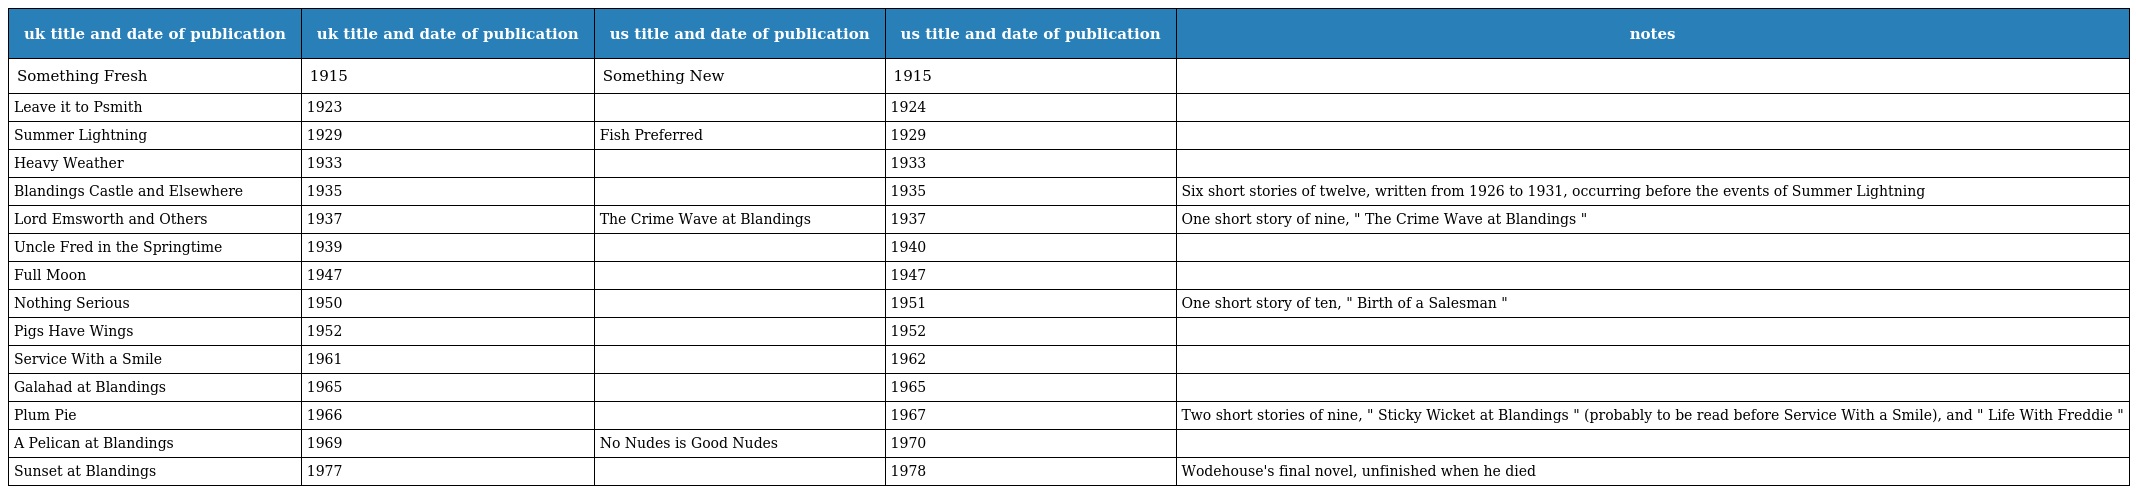
| uk title and date of publication | uk title and date of publication | us title and date of publication | us title and date of publication | notes |
 | --- | --- | --- | --- | --- |
 | Something Fresh | 1915 | Something New | 1915 |  |
 | Leave it to Psmith | 1923 |  | 1924 |  |
 | Summer Lightning | 1929 | Fish Preferred | 1929 |  |
 | Heavy Weather | 1933 |  | 1933 |  |
 | Blandings Castle and Elsewhere | 1935 |  | 1935 | Six short stories of twelve, written from 1926 to 1931, occurring before the events of Summer Lightning |
 | Lord Emsworth and Others | 1937 | The Crime Wave at Blandings | 1937 | One short story of nine, " The Crime Wave at Blandings " |
 | Uncle Fred in the Springtime | 1939 |  | 1940 |  |
 | Full Moon | 1947 |  | 1947 |  |
 | Nothing Serious | 1950 |  | 1951 | One short story of ten, " Birth of a Salesman " |
 | Pigs Have Wings | 1952 |  | 1952 |  |
 | Service With a Smile | 1961 |  | 1962 |  |
 | Galahad at Blandings | 1965 |  | 1965 |  |
 | Plum Pie | 1966 |  | 1967 | Two short stories of nine, " Sticky Wicket at Blandings " (probably to be read before Service With a Smile), and " Life With Freddie " |
 | A Pelican at Blandings | 1969 | No Nudes is Good Nudes | 1970 |  |
 | Sunset at Blandings | 1977 |  | 1978 | Wodehouse's final novel, unfinished when he died |